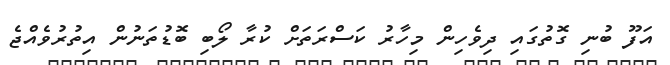
އަފޫ ބުނި ގޮތުގައި ދިވެހިން މިހާރު ކަސްރަތަށް ކުރާ ލޯބި ބޮޑުތަނުން އިތުރުވެއްޖެ